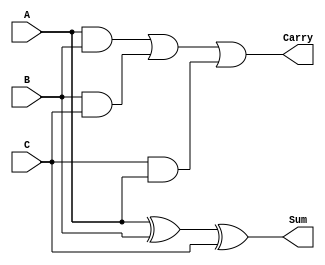
module carry_save_adder_3inputs(
    input [7:0] A,
    input [7:0] B,
    input [7:0] C,
    output [7:0] Sum,
    output [7:0] Carry
);
    assign Sum = A ^ B ^ C; // Sum output: XOR of A, B and C
    assign Carry = (A & B) | (B & C) | (C & A); // Carry output: OR of AND combinations
endmodule